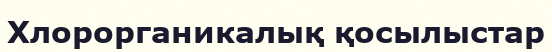
Хлорорганикалық қосылыстар